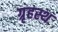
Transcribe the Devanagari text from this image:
ग्रृहस्थ